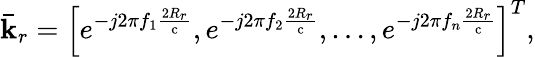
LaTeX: {\bar{\mathbf{k}}_{r}}={\left[{{e^{-j2\pi{f_{1}}\frac{{\mathrm{{2}}{R_{r}}}}{{\mathrm{c}}}}},{e^{-j2\pi{f_{2}}\frac{{\mathrm{{2}}{R_{r}}}}{{\mathrm{c}}}}},...,{e^{-j2\pi{f_{n}}\frac{{\mathrm{{2}}{R_{r}}}}{{\mathrm{c}}}}}}\right]^{T}},